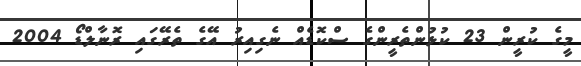
މީގެ ކުރީން 23 ކުޅުންތެރީންގެ ސްކޮޑެއް ނެގިއިރު އޭގެ ތެރޭގައި ރޮނާލްޑޯ 2004